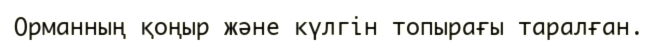
Орманның қоңыр және күлгін топырағы таралған.